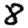
Digit: 8